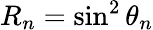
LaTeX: R_{n}=\sin^{2}\theta_{n}